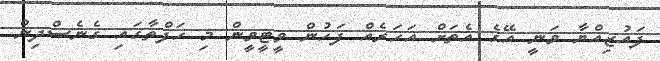
ފައުޒިއްޔާ ވަނީ އޭގެ އެތަށް އަހަރެއް ފަހުން ވީޓީވީން މި ހަފްތާގައި ގެނެސްދިން